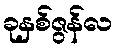
ခုနှစ်ဇွန်လ